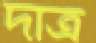
দাত্র